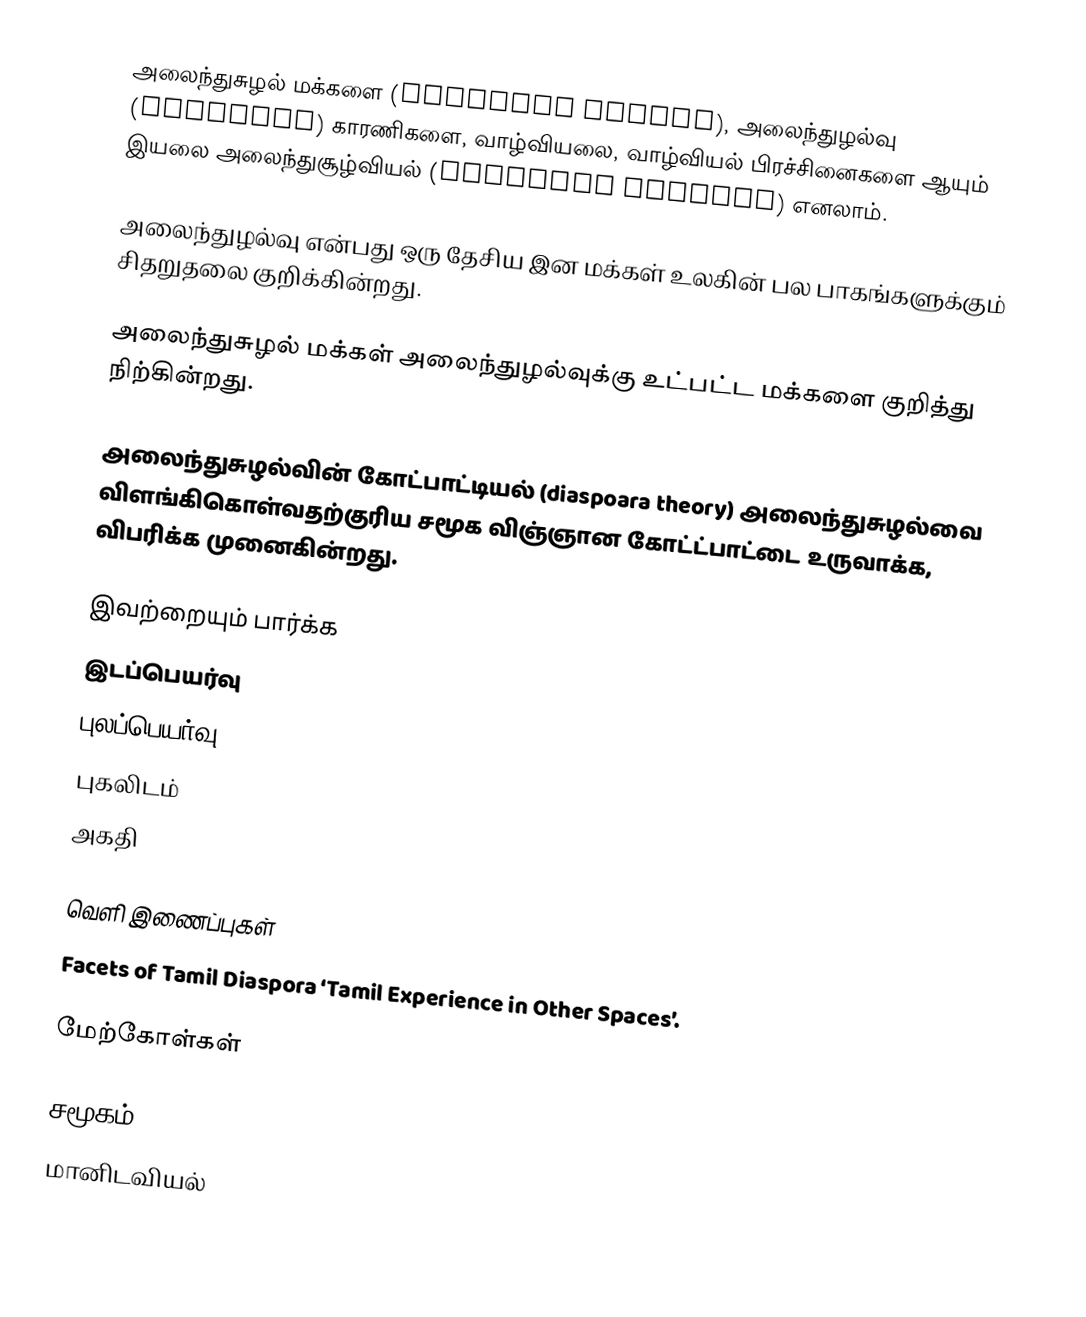
அலைந்துசுழல் மக்களை (diaspora people), அலைந்துழல்வு (diaspora) காரணிகளை, வாழ்வியலை, வாழ்வியல் பிரச்சினைகளை ஆயும் இயலை அலைந்துசூழ்வியல் (diaspora studies) எனலாம்.

அலைந்துழல்வு என்பது ஒரு தேசிய இன மக்கள் உலகின் பல பாகங்களுக்கும் சிதறுதலை குறிக்கின்றது.

அலைந்துசுழல் மக்கள் அலைந்துழல்வுக்கு உட்பட்ட மக்களை குறித்து நிற்கின்றது.

அலைந்துசுழல்வின் கோட்பாட்டியல் (diaspoara theory) அலைந்துசுழல்வை விளங்கிகொள்வதற்குரிய சமூக விஞ்ஞான கோட்ட்பாட்டை உருவாக்க, விபரிக்க முனைகின்றது.

இவற்றையும் பார்க்க
 இடப்பெயர்வு
 புலப்பெயர்வு
 புகலிடம்
 அகதி

வெளி இணைப்புகள்
 Facets of Tamil Diaspora ‘Tamil Experience in Other Spaces’.

மேற்கோள்கள்

சமூகம்
மானிடவியல்